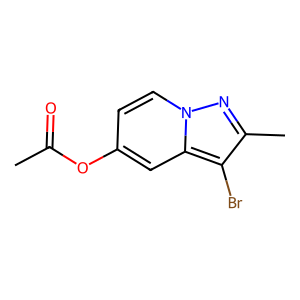
SMILES: CC(=O)Oc1ccn2nc(C)c(Br)c2c1
Inhibits HIV replication: No